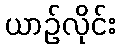
ယာဉ်လိုင်း